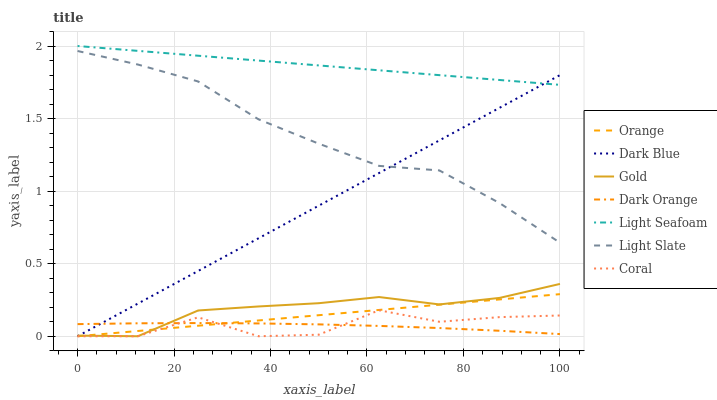
| xaxis_label | Orange | Dark Blue | Gold | Dark Orange | Light Seafoam | Light Slate | Coral |
 | --- | --- | --- | --- | --- | --- | --- | --- |
 | 0 | 0 | 0 | 0.00441 | 0.0836 | 2 | 1.97 | 0 |
 | 12.5 | 0.0363 | 0.225 | 0 | 0.0893 | 1.97 | 1.87 | 0 |
 | 25 | 0.0725 | 0.45 | 0.178 | 0.0909 | 1.93 | 1.76 | 0.13 |
 | 37.5 | 0.109 | 0.675 | 0.205 | 0.0884 | 1.9 | 1.49 | 0 |
 | 50 | 0.145 | 0.9 | 0.228 | 0.0818 | 1.87 | 1.33 | 0.0106 |
 | 62.5 | 0.181 | 1.12 | 0.27 | 0.0712 | 1.83 | 1.17 | 0.179 |
 | 75 | 0.218 | 1.35 | 0.219 | 0.0566 | 1.8 | 1.14 | 0.0997 |
 | 87.5 | 0.254 | 1.57 | 0.264 | 0.0378 | 1.77 | 0.917 | 0.132 |
 | 100 | 0.29 | 1.8 | 0.361 | 0.015 | 1.73 | 0.645 | 0.143 |